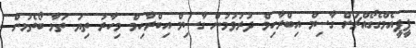
ޕީޕީއެމްގެގޯއްޗަށް ގާސިމް އިބްރާހިމް ދުރުވުމުން ގާސިމް އިބްރާހިމް މިހާރު ތިޔަ ތަޅާ ބޯތެޅުން